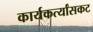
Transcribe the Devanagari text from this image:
कार्यकर्त्यांसकट